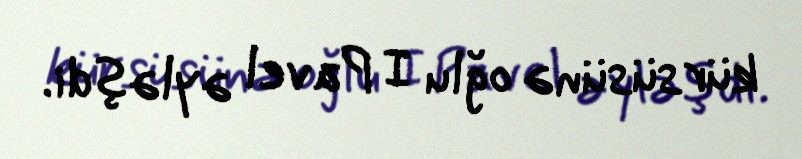
kürsüsünə oğlu I Pavel əyləşdi.